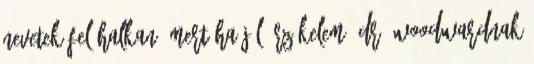
nevetek fel halkan, mert ha jól érzékelem, Dr. Woodwardnak